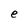
Character: e